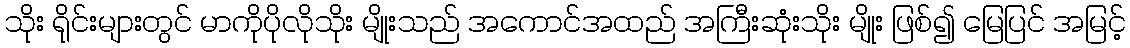
သိုး ရိုင်းများတွင် မာကိုပိုလိုသိုး မျိုးသည် အကောင်အထည် အကြီးဆုံးသိုး မျိုး ဖြစ်၍ မြေပြင် အမြင့်